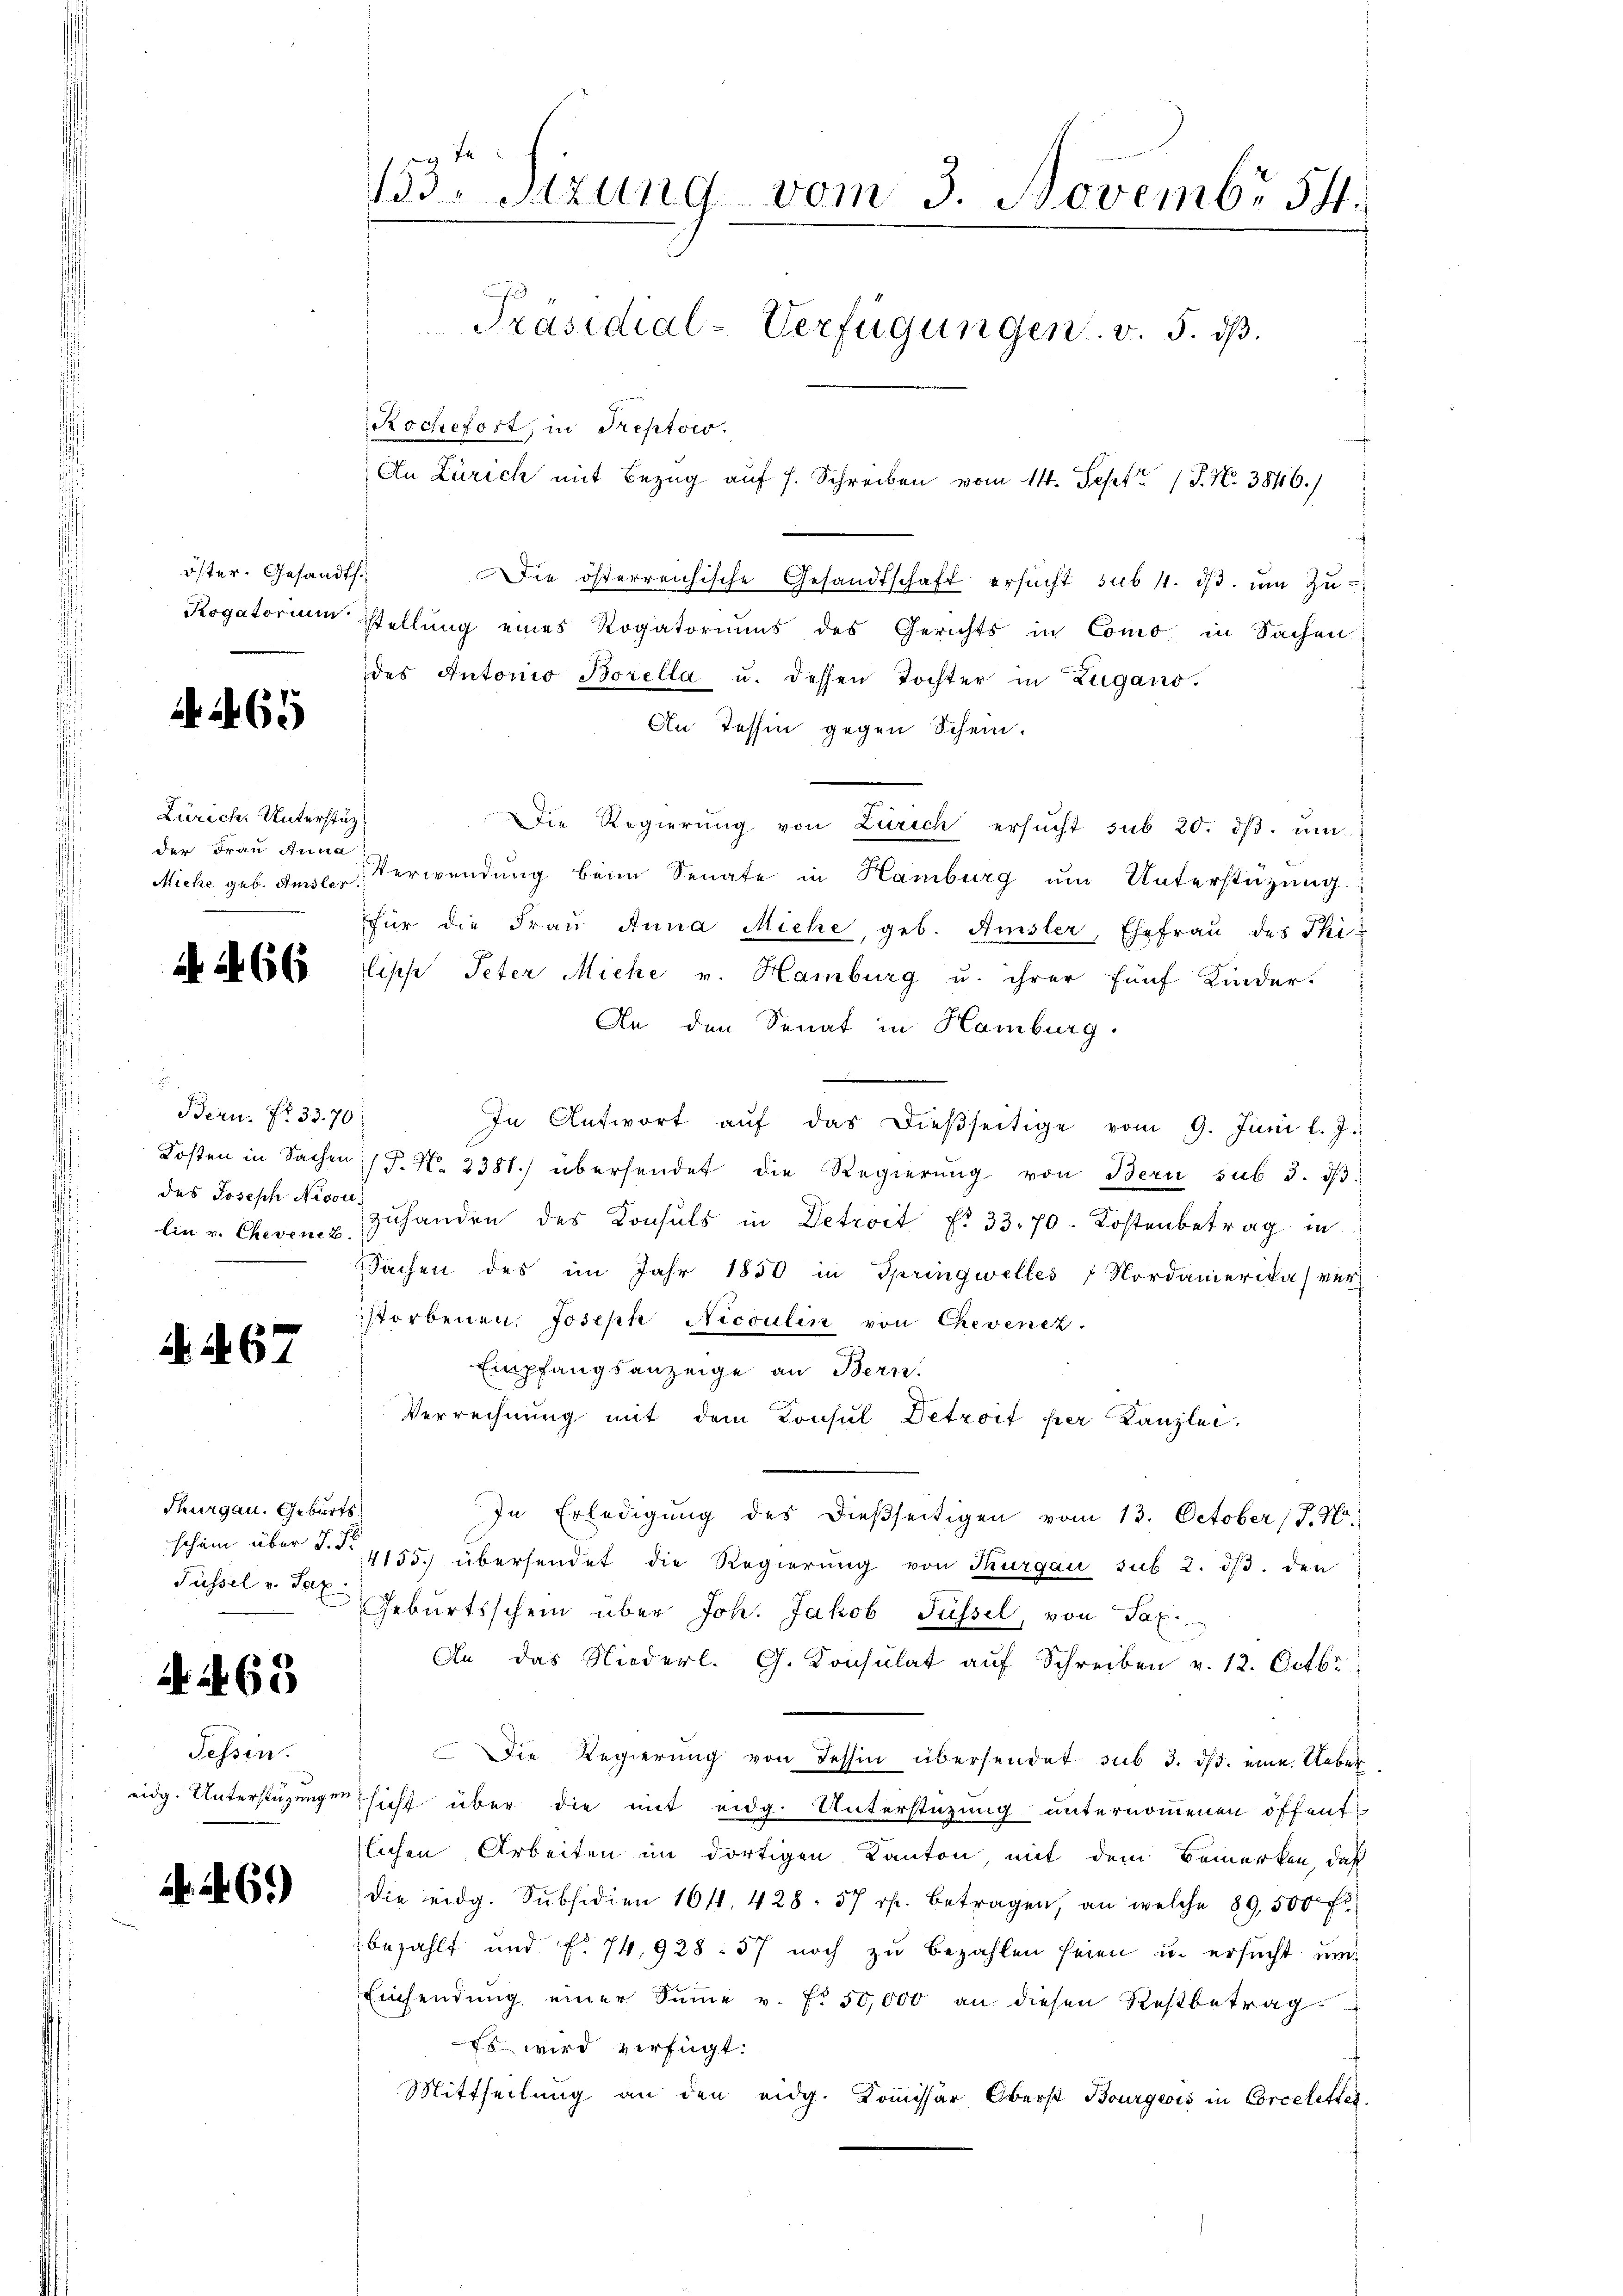
öster. Gesandts.
Rogatorium

465

Zürich-Unterstüz;
der Frau Anna
Miche geb. Amsler.

4 A 66

i
Bern. Nr. 33. 70
Kosten in Sachen
des Joseph Nicon-
Ein v. Chevenez.

i Al. 67

Thurgau. Geburts
Füssel v. Sax

X S. 65

Sessen.
eidg. Unterstützungen

2. 265)

J
133. Sizung vom 3. Novembr 591.
Präsidial-Verfügungen. v. 5. dß.
Rochefort, in Treptow.
An Zürich mit Bezug auf s. Schreiben vom 14. Sept. 1 S. N. 3846.)

Die österreichische Gesandtschaft ersucht sub 11. dβ. um zustellung eines Rogatoriums des Gerichts in Como in Sachen:
des Antonio Borella u. dessen Tochter in Zugano.
An Tessin gegen Schein.
Die Regierŭng von Zürich ersŭcht sub 20. dβ. ŭm
Verwendung beim Senate in Hamburg ŭm Unterstützung
für die Frau Anna Miche, geb. Amsler, Ehefrau des Philiph Peter Miche v. Hamburg u. ihrer fünf Kinder-
An den Senat in Hamburg
In Antwort aŭf das dießseitige vom 9. Juni l. J.
F. No. 3381. übersendet die Regierŭng von Bern sub 3. dβ
zuhanden des Konsuls in Detroit § 33. 70. Kostenbetrag in
Sachen des im Jahr 1850 in Springwelles Nordamerika ver-
storbenen. Joseph Nicoulin von Chevenez
Empfangsanzeige an Bern.
Verrechnung mit dem Konsul Detroit per Kanzlei-
In Erledigung des dießseitigen vom 13. October (T. N.
schon über §. §. 4155. übersendet die Regierŭng von Thurgau sub 2. dβ. den
Geburtsschein über Joh. Jakob Füssel, von Tax
An das Niederl. G. Konsulat auf Schreiben v. 12. Octbr
Die Regierung von Tessin übersendet sub 3. ds. eine Uebersicht über die mit eidg. Unterstüzung unternommenen öffentzlichen Arbeiten im dortigen Kanton, mit dem Bemerken, daß
die eidg. Subsidien 1011. 428. 57 rp. betragen, an welche 89,500 fl.
bezahlt und f. 74, 928: 57 noch zu bezahlen seien u. ersucht un
Einsendung einer Sŭṁe v. Fr. 50,000 an diesen Restbetrag
Es wird verfügt:
Mittheilung an den eidg. Kommissär Oberst Bourgeois in Corceletter,